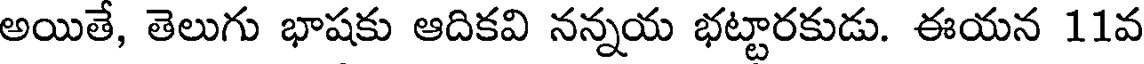
అయితే, తెలుగు భాషకు ఆదికవి నన్నయ భట్టారకుడు. ఈయన 11వ